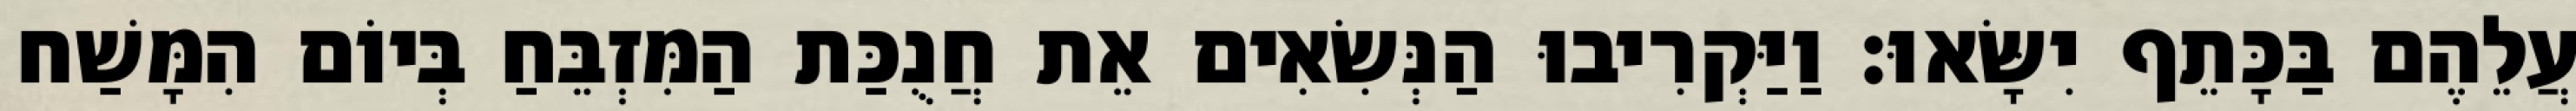
עֲלֵהֶם בַּכָּתֵף יִשָּׂאוּ׃ וַיַּקְרִיבוּ הַנְּשִׂאִים אֵת חֲנֻכַּת הַמִּזְבֵּחַ בְּיוֹם הִמָּשַׁח